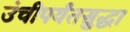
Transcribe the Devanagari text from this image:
उंचीपर्यंतसुद्धा